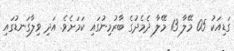
ގަޑިއަކު 05 މޭލާ 13 މޭލާ ދެމެދުގެ ބާރުމިނުގައި ކަމަށެވެ. އަދި ވިލާގަނޑުގައި